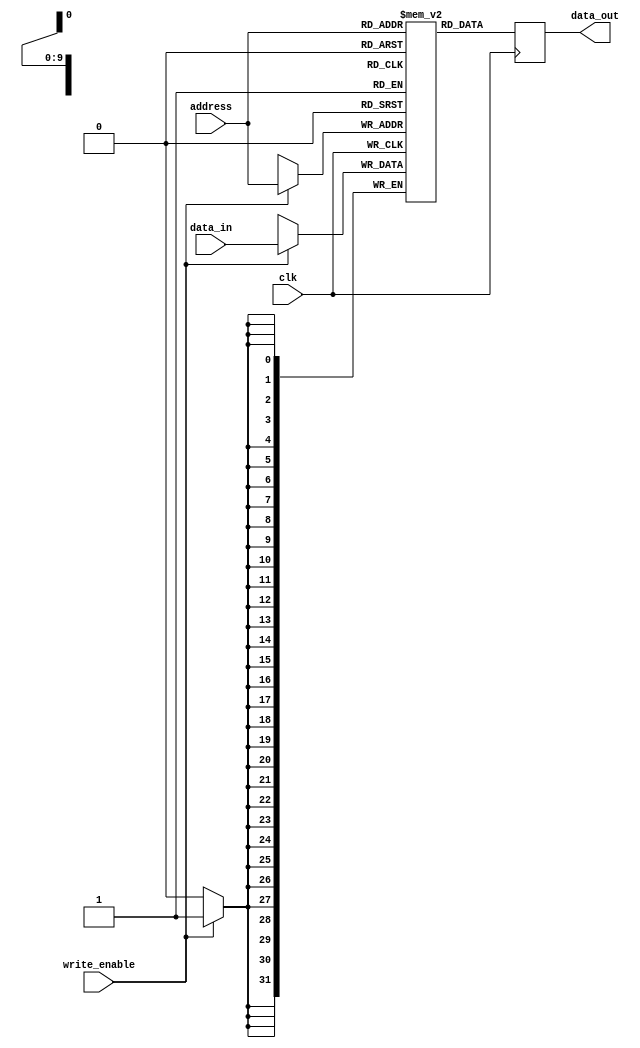
module memory_blocks_lpddr_ram (
    input wire clk,
    input wire write_enable,
    input wire [ADDRESS_WIDTH-1:0] address,
    input wire [DATA_WIDTH-1:0] data_in,
    output reg [DATA_WIDTH-1:0] data_out
);

parameter ADDRESS_WIDTH = 10;
parameter DATA_WIDTH = 32;
parameter MEM_CAPACITY = 1024; // Specify the memory capacity here
parameter ROWS = 8; // Specify the number of rows in the memory organization
parameter COLUMNS = 128; // Specify the number of columns in the memory organization

reg [DATA_WIDTH-1:0] memory[MEM_CAPACITY-1:0];

always @(posedge clk) begin
    if(write_enable) begin
        memory[address] <= data_in;
    end
    data_out <= memory[address];
end

endmodule